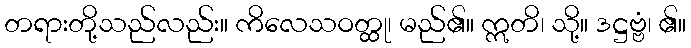
တရားတို့သည်လည်း။ ကိလေသဝတ္ထု၊ မည်၏။ ဣတိ၊ သို့။ ဒဋ္ဌဗ္ဗံ၊ ၏။